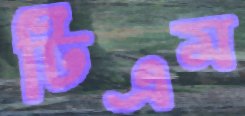
টিএম